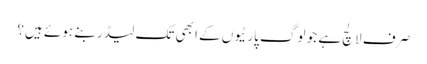
صرف لالچ ہے جو لوگ پارٹیوں کے ابھی تک لیڈر بنے ہوئے ہیں؟